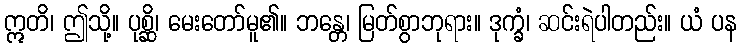
ဣတိ၊ ဤသို့။ ပုစ္ဆိ၊ မေးတော်မူ၏။ ဘန္တေ၊ မြတ်စွာဘုရား။ ဒုက္ခံ၊ ဆင်းရဲပါတည်း။ ယံ ပန